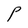
Character: P